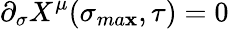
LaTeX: \partial_{\sigma}X^{\mu}(\sigma_{ma\mathbf{x}},\tau)=0